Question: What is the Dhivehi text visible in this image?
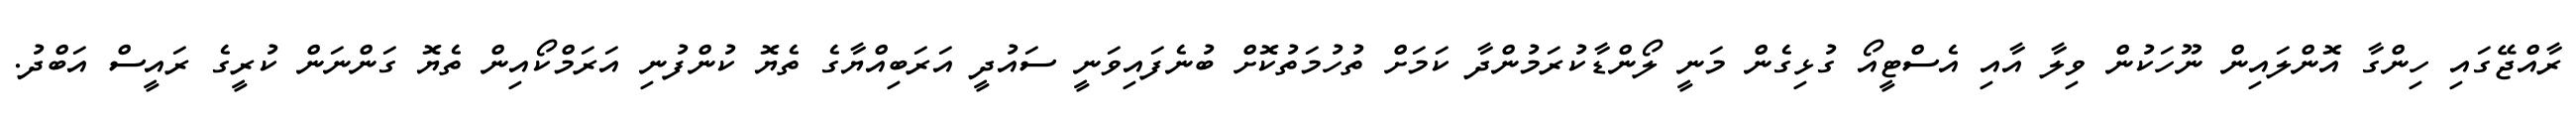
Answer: ރާއްޖޭގައި ހިންގާ އޮންލައިން ނޫހަކުން ވިލާ އާއި އެސްޓީއޯ ގުޅިގެން މަނީ ލޯންޑާކުރަމުންދާ ކަމަށް ތުހުމަތުކޮށް ބުނެފައިވަނީ ސައުދީ އަރަބިއްޔާގެ ތެޔޮ ކުންފުނި އަރަމްކޯއިން ތެޔޮ ގަންނަން ކުރީގެ ރައީސް އަބްދު.